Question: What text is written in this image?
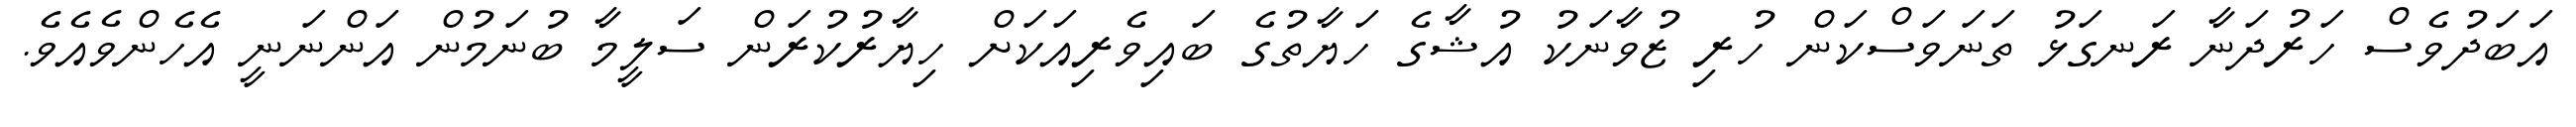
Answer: އަބަދުވެސް ހަރުދަނާ ރަނގަޅު ތަނަވަސްކަން ހުރި ޒުވާނަކު އުޝާގެ ހަޔާތުގެ ބައިވެރިއަކަށް ހިޔާރުކުރަން ސަލީމާ ބުނަމުން އަންނަނީ އެހެންވެއެވެ.